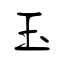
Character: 玉